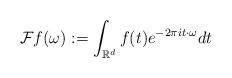
LaTeX: \begin{align*}\mathcal{F} f( \omega) := \int_{\mathbb{R}^d} f(t) e^{-2 \pi i t \cdot \omega} dt\end{align*}